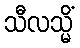
သီလသ္မိံ